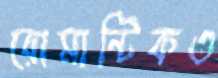
রোমান্টিকও